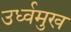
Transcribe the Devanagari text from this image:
उर्ध्वमुख